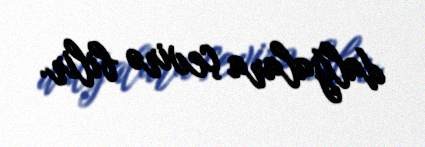
dalğalara çevirə bilir.